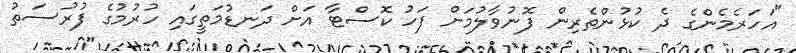
"އަހަރެމެންގެ ދެ ކުޅުންތެރިން ފޮނުވާލުމަށް ފަހު ކޮސްޓާ އަށް ދަނޑުމަތީގައި ހުރުމުގެ ފުރުސަތު